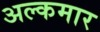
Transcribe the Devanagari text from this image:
अल्कमार